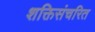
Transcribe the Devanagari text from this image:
शक्तिसंचरित